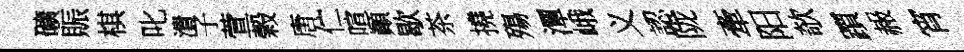
礦賑棋叱潰子萱榖唐伫喧顚歇茶撓殤潭峨义認陇牽阳欹躓赧宵